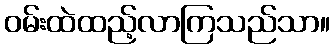
ဝမ်းထဲထည့်လာကြသည်သာ။